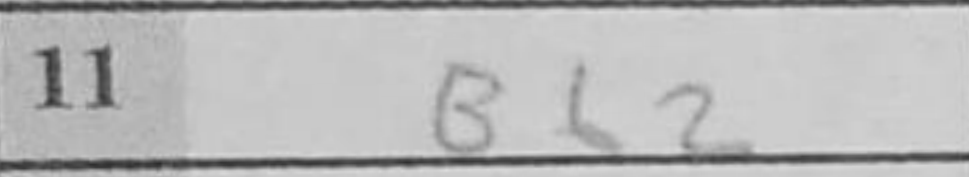
Transcription: Bb2